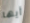
أيها